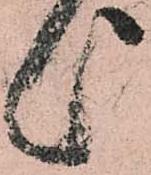
上